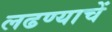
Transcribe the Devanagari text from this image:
लढण्याचें